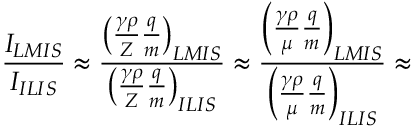
\frac { I _ { L M I S } } { I _ { I L I S } } \approx \frac { \left( \frac { \gamma \rho } { Z } \frac { q } { m } \right) _ { L M I S } } { \left( \frac { \gamma \rho } { Z } \frac { q } { m } \right) _ { I L I S } } \approx \frac { \left( \frac { \gamma \rho } { \mu } \frac { q } { m } \right) _ { L M I S } } { \left( \frac { \gamma \rho } { \mu } \frac { q } { m } \right) _ { I L I S } } \approx